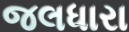
જલધારા